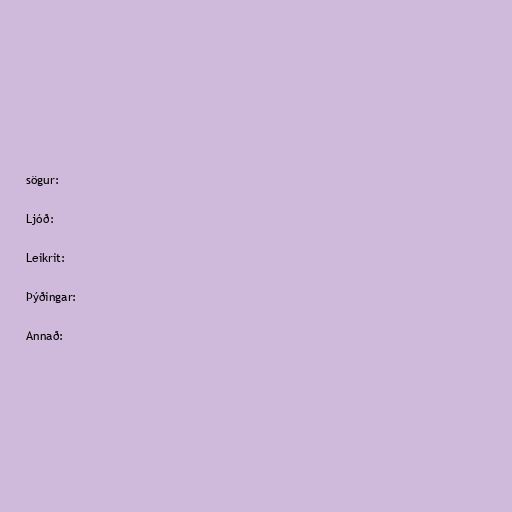
sögur:

Ljóð:

Leikrit:

Þýðingar:

Annað: